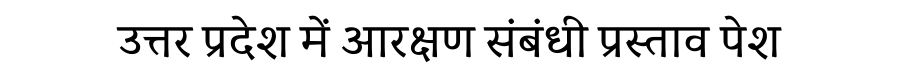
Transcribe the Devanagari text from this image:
उत्तर प्रदेश में आरक्षण संबंधी प्रस्ताव पेश